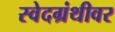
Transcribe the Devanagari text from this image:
स्वेदग्रंथीवर